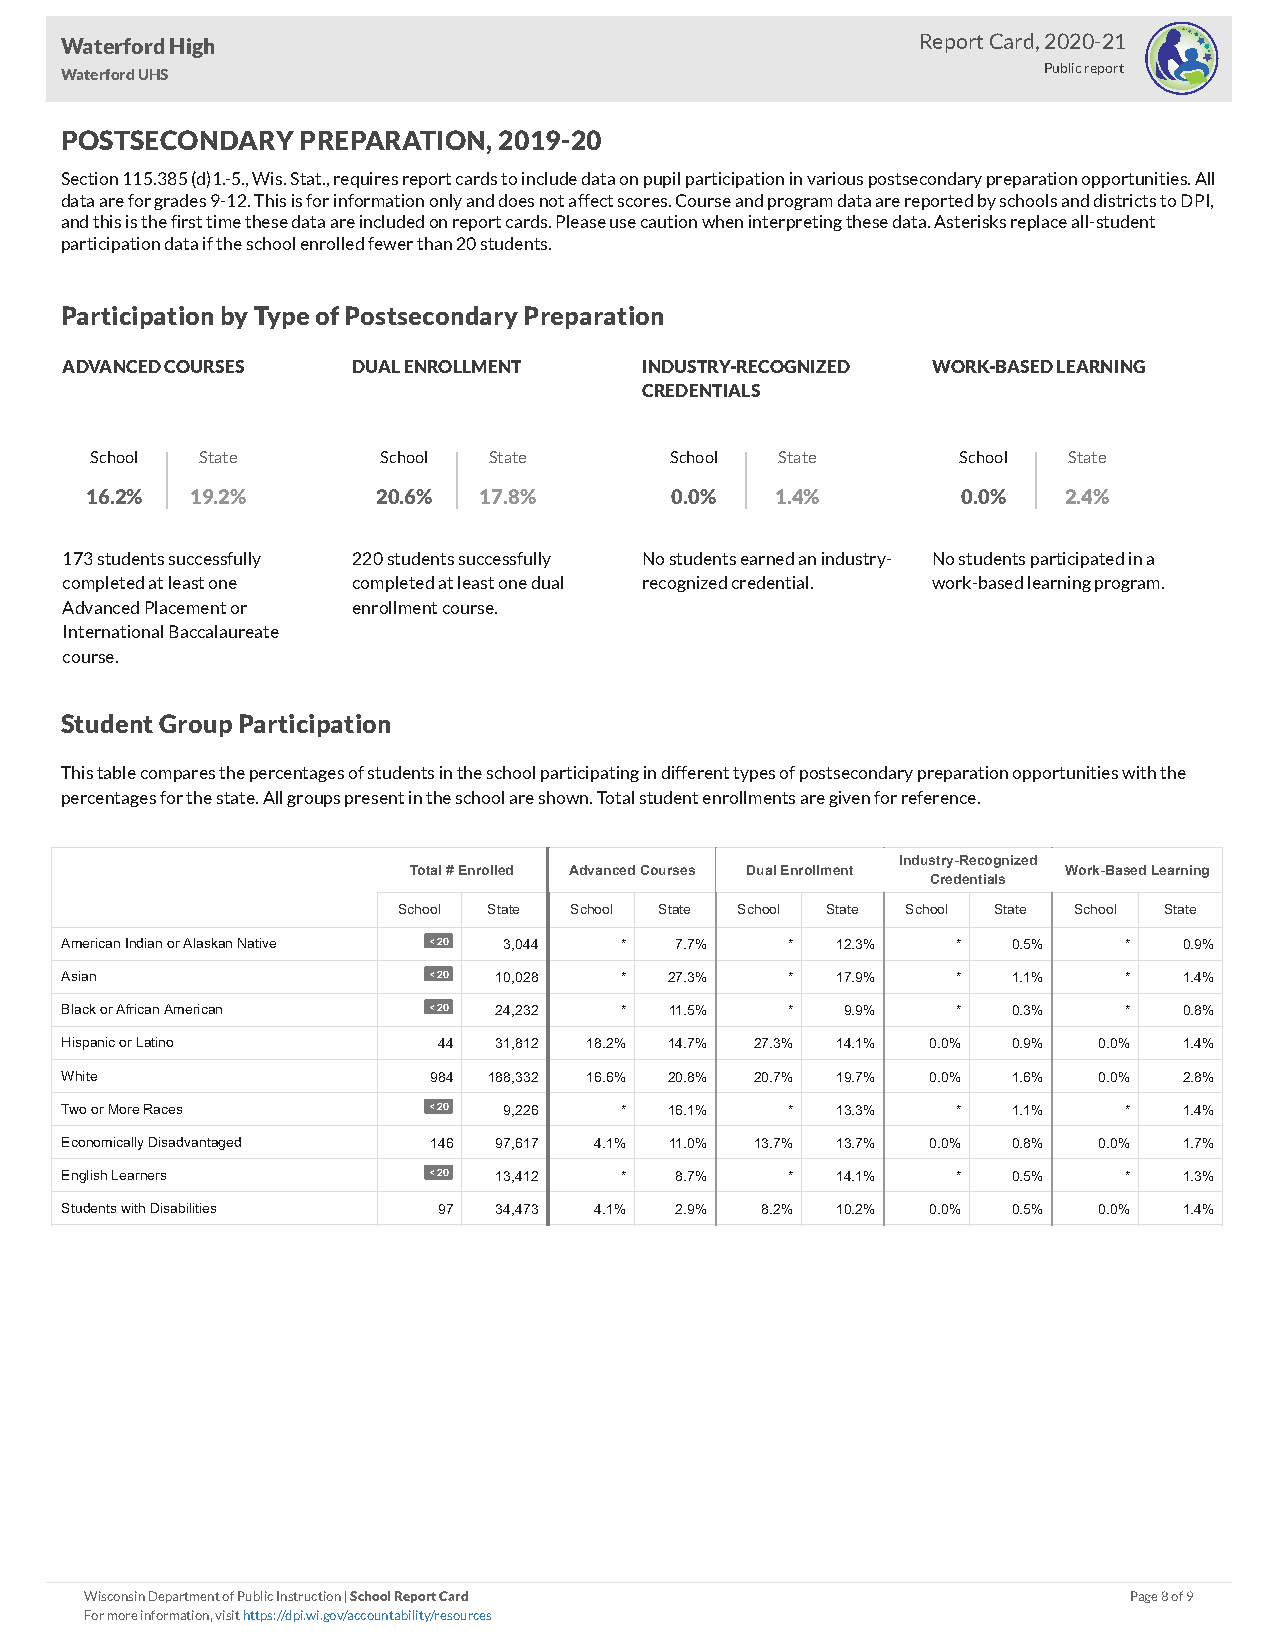
Waterford High                                           Report Card, 2020-21
 Waterford UHS                                                    Public report
 POSTSECONDARY   PREPARATION, 2019-20
 Section 115.385 (d)1.-5., Wis. Stat., requires report cards to include data on pupil participation in various postsecondary preparation opportunities. All
 data are for grades 9-12. This is for information only and does not affect scores. Course and program data are reported by schools and districts to DPI,
 and this is the first time these data are included on report cards. Please use caution when interpreting these data. Asterisks replace all-student
 participation data if the school enrolled fewer than 20 students.
 Participation by Type of Postsecondary Preparation
 ADVANCED COURSES   DUAL ENROLLMENT    INDUSTRY-RECOGNIZED WORK-BASED LEARNING
 CREDENTIALS
 School State       School State       School  State       School State
 16.2%  19.2%       20.6%  17.8%       0.0%   1.4%         0.0%  2.4%
 173 students successfully 220 students successfully No students earned an industry- No students participated in a
 completed at least one completed at least one dual recognized credential. work-based learning program.
 Advanced Placement or enrollment course.
 International Baccalaureate
 course.
 Student Group Participation
 This table compares the percentages of students in the school participating in different types of postsecondary preparation opportunities with the
 percentages for the state. All groups present in the school are shown. Total student enrollments are given for reference.
 Industry-Recognized
 Total # Enrolled Advanced Courses Dual Enrollment Work-Based Learning
 Credentials
 School State School State School State School State School State
 American Indian or Alaskan Native < 20 3,044 * 7.7% * 12.3% *  0.5%   *   0.9%
 Asian                   < 20 10,028  *  27.3%   *  17.9%   *   1.1%   *   1.4%
 Black or African American < 20 24,232 * 11.5%   *   9.9%   *   0.3%   *   0.8%
 Hispanic or Latino       44  31,812 18.2% 14.7% 27.3% 14.1% 0.0% 0.9% 0.0% 1.4%
 White                   984 188,332 16.6% 20.8% 20.7% 19.7% 0.0% 1.6% 0.0% 2.8%
 Two or More Races       < 20 9,226   *  16.1%   *  13.3%   *   1.1%   *   1.4%
 Economically Disadvantaged 146 97,617 4.1% 11.0% 13.7% 13.7% 0.0% 0.8% 0.0% 1.7%
 English Learners        < 20 13,412  *   8.7%   *  14.1%   *   0.5%   *   1.3%
 Students with Disabilities 97 34,473 4.1% 2.9% 8.2% 10.2% 0.0% 0.5%  0.0% 1.4%
 Wisconsin Department of Public Instruction | School Report Card      Page 8 of 9
 For more information, visit https://dpi.wi.gov/accountability/resources